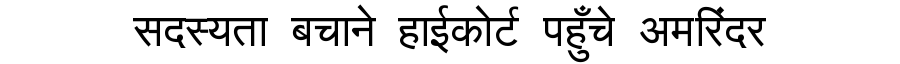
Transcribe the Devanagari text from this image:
सदस्यता बचाने हाईकोर्ट पहुँचे अमरिंदर